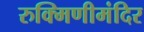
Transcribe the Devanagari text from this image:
रुक्मिणीमंदिर